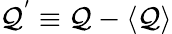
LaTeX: \mathcal{Q}^{'}\equiv\mathcal{Q}-\langle\mathcal{Q}\rangle